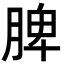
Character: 脾